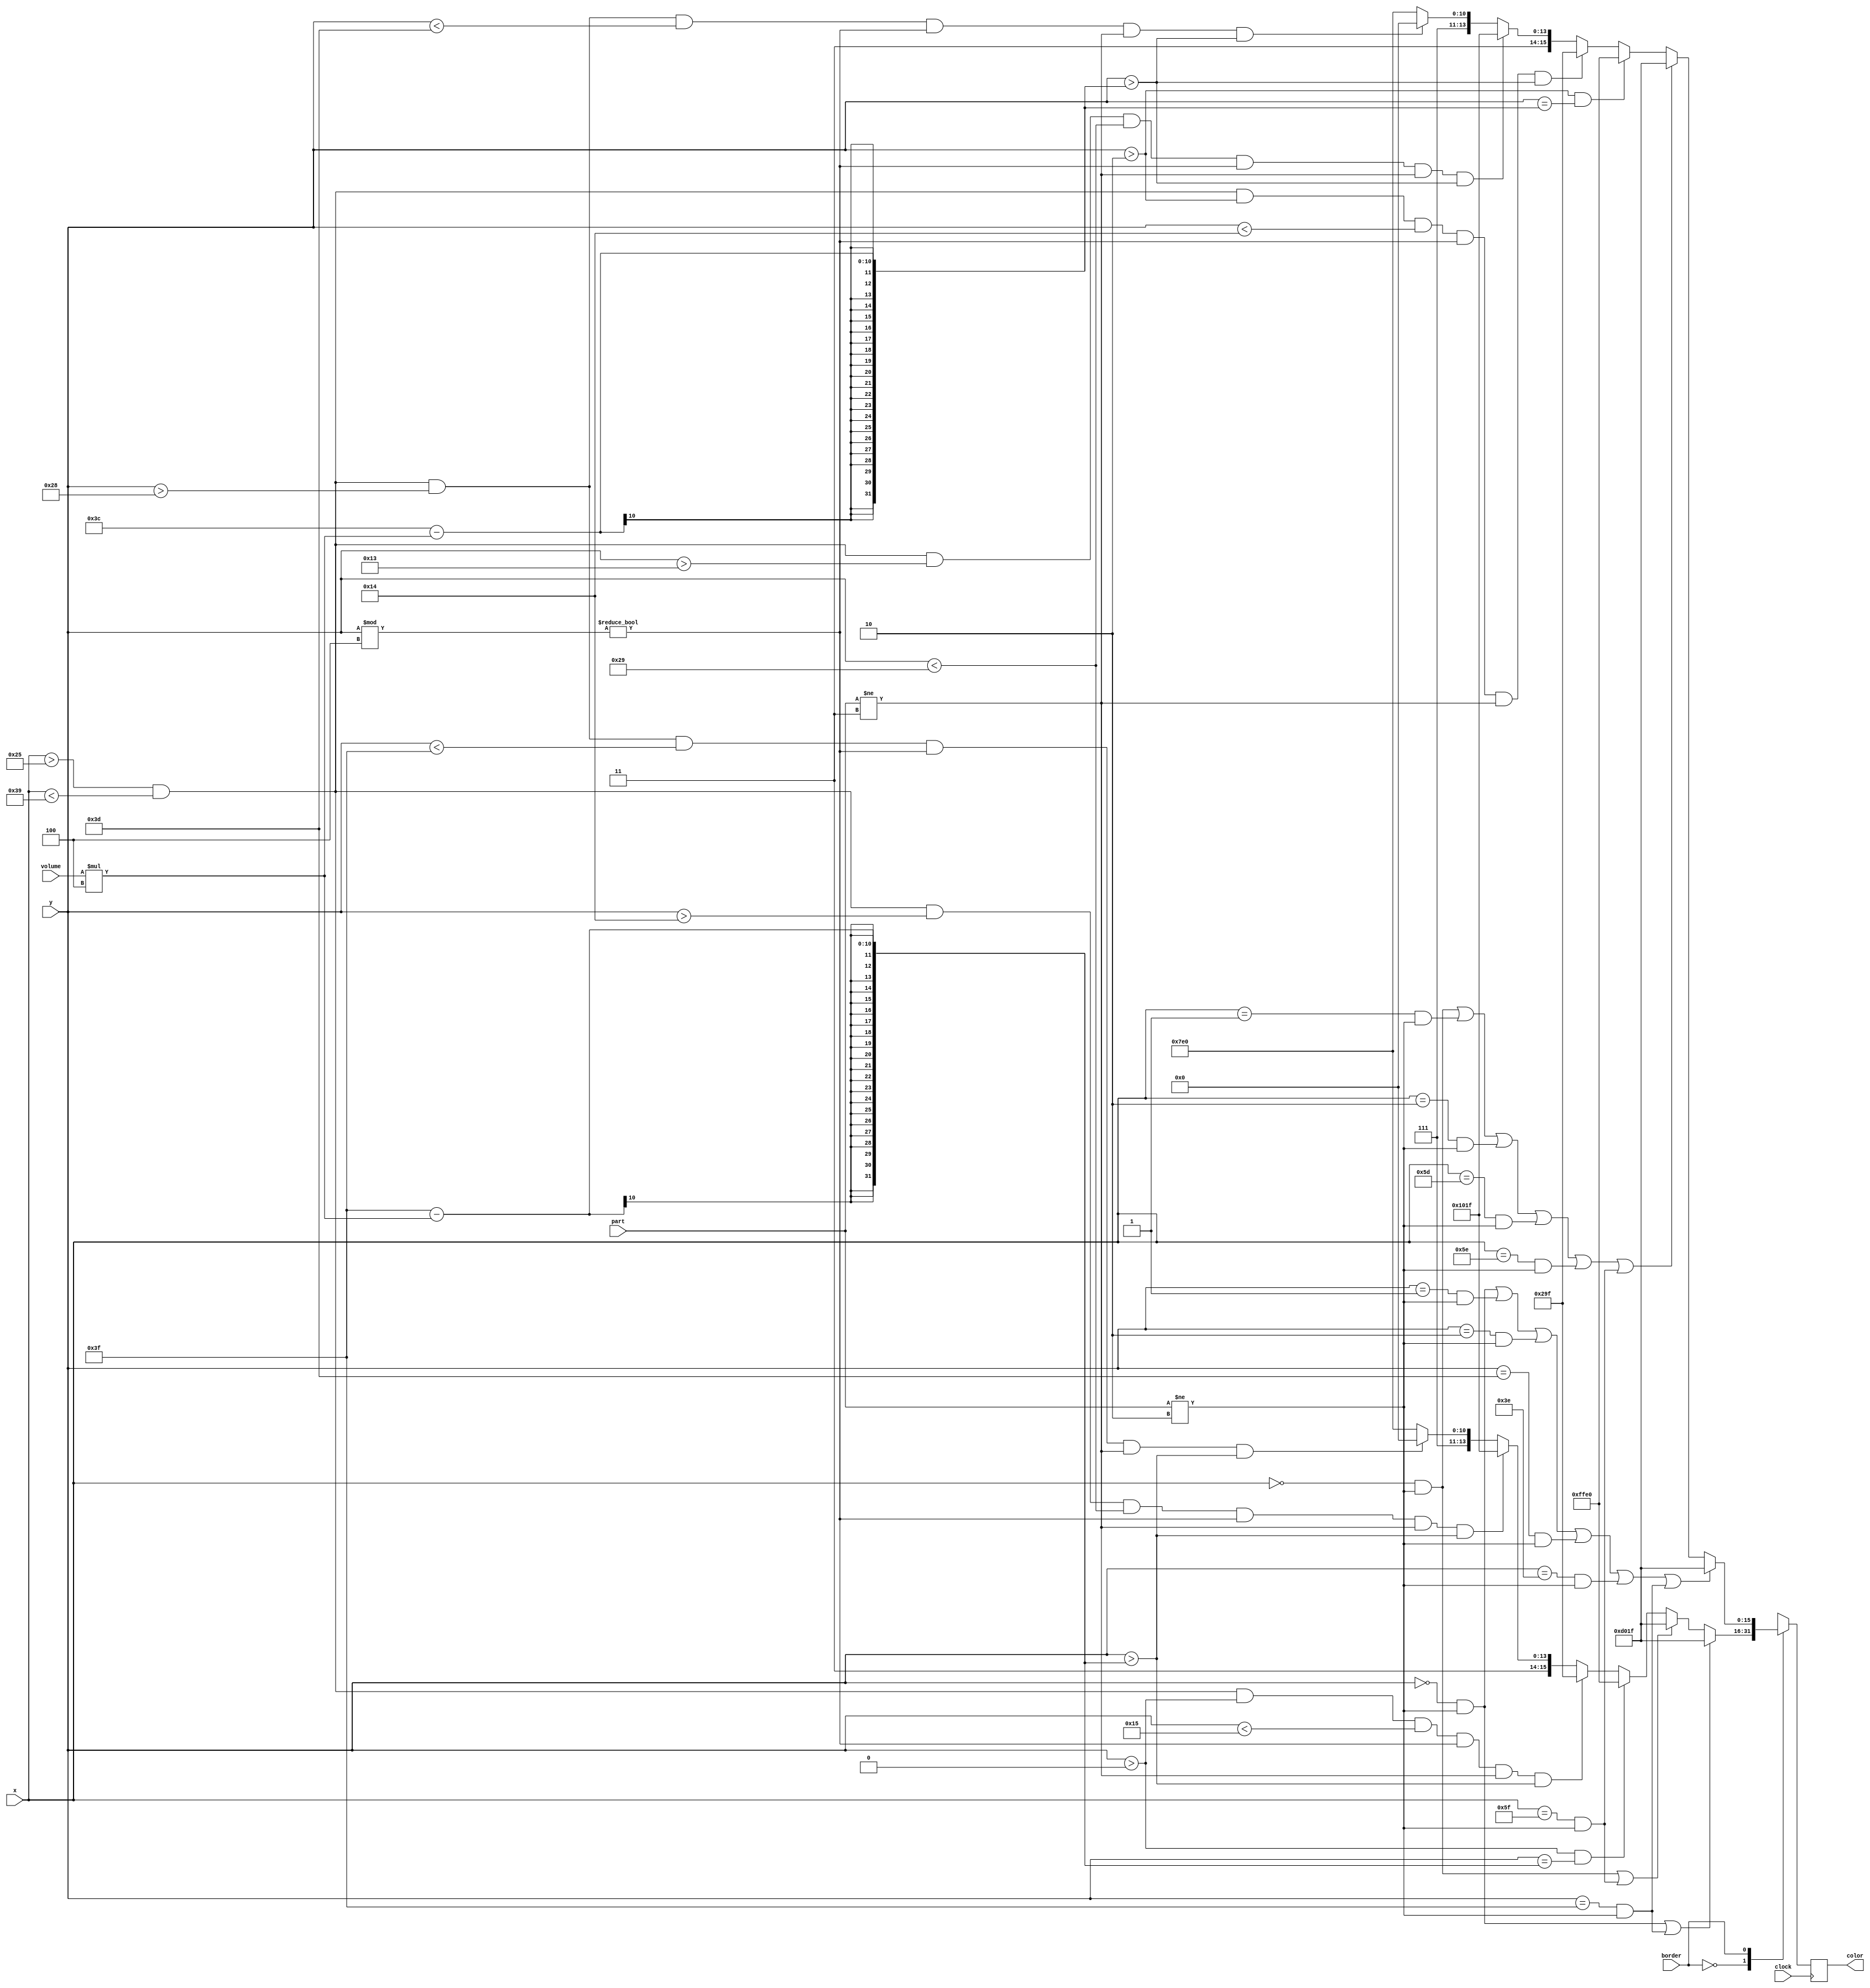
`timescale 1ns / 1ps
//////////////////////////////////////////////////////////////////////////////////
// Company: 
// Engineer: 
// 
// Design Name: 
// Module Name: PRINT_LED_ACID
// Project Name: 
// Target Devices: 
// Tool Versions: 
// Description: 
// 
// Dependencies: 
// 
// Revision:
// Revision 0.01 - File Created
// Additional Comments:
// 
//////////////////////////////////////////////////////////////////////////////////


module PRINT_LED_ACID(input clock,input [6:0]volume,
    input[6:0]x, input[6:0]y,input border , input [1:0]part , output reg [15:0] color
    
    );
    
    always@ (posedge clock) 
    begin
        case(border) // set border to 1 pixel
            1'b0:
                begin
                    if(y==0 && part!=2 || y==63 && part!=2)
                    begin
                        color = 16'hD01F; // set to BLACK
                    end
                    else if(x==0 && part!=2 || x==95 && part!=2)
                    begin
                        color = 16'hD01F; // set to white , all 1
                    end
                    else if(y>0 && y == (63-(volume*4)))
                    begin
                        color = 16'hFFE0;
                    end
                    else if(x > 37 && x < 57 && y > 0 && y < 21 && (y % 4)!=0 && part!=3 && y > (63-(volume*4))) // SET BLUE
                    begin
                        color = 16'h029F;
                    end
                    else if(x > 37 && x < 57 && y > 20 && y < 41 && (y % 4)!=0 && part!=3 && y > (63-(volume*4))) // SET PURPLE
                    begin
                        color = 16'hD01F;
                    end
                    else if(x > 37 && x < 57 && y > 40 && y < 63 && (y % 4)!=0 && part!=3 && y > (63-(volume*4))) // SET RED
                    begin
                        
                        color = 16'b1111100000000000;
                    end
                    else if((y % 4)==0) 
                    begin
                        color = 16'hFFE0; // set other pixels to BLACK
                    end        
                    else
                    begin
                        color = 16'hFFE0; // SET ALL OTHER COLORS TO BLACK
                    end              
                end    
                
            1'b1: // SET BORDER TO 3 PIXEL
                    begin
                        if(y==0 && part!=2 || y==1 && part!=2 || y==2&& part!=2 || y==61 && part!=2 || y==62 && part!=2 || y==63 && part!=2)
                        begin
                            color = 16'hD01F; // set to GREEN , all 1
                        end
                        else if(x==0 && part!=2 || x==1 && part!=2 || x==2 && part!=2 || x==93 && part!=2 || x==94 && part!=2 || x==95 && part!=2)
                        begin
                            color = 16'hD01F; // set to white , all 1
                        end
                        else if(y>2 && y == (60-(volume*4)))
                        begin
                            color = 16'hFFE0;
                        end
                        else if(x > 37 && x < 57 && y > 2 && y < 20 && (y % 4)!=0 && part!=3 && y > (60-(volume*4))) // SET BLUE
                        begin
 
                            color = 16'h029F;
                        end
                        else if(x > 37 && x < 57 && y > 19 && y < 41 && (y % 4)!=0 && part!=3 && y > (60-(volume*4))) // SET PURP
                        begin
                            color = 16'hD01F;
                        end
                        else if(x > 37 && x < 57 && y > 40 && y < 61 && (y % 4)!=0 && part!=3 && y > (60-(volume*4))) // SET RED
                        begin
                            color = 16'b1111100000000000;
                        end  
                        else if((y % 4)==0) 
                        begin
                            color = 16'hFFE0; // set other pixels to BLACK
                        end 
                        else
                        begin
                            color = 16'hFFE0; // set other pixels to BLACK                       
                        end                  
                    end               
            default: // we set default to be 1 pixel border
                        begin
                            if(y==0 && part!=2 || y==63 && part!=2)
                            begin
                                color = 16'hD01F; // set to GREEN , all 1
                            end
                            else if(x==0 && part!=2 || x==95 && part!=2)
                            begin
                                color = 16'hD01F; // set to white , all 1
                            end
                            else if(y>0 && y == (63-(volume*4)))
                            begin
                                color = 16'hFFE0;
                            end
                            else if(x > 37 && x < 57 && y > 0 && y < 21 && (y % 4)!=0 && part!=3 && y > (63-(volume*4))) // SET BLUE
                            begin                         
                                color = 16'h029F;
                            end
                            else if(x > 37 && x < 57 && y > 20 && y < 41 && (y % 4)!=0 && part!=3 && y > (63-(volume*4))) // SET PURP
                            begin
                                color = 16'hD01F;
                            end
                            else if(x > 37 && x < 57 && y > 40 && y < 63 && (y % 4)!=0 && part!=3 && y > (63-(volume*4))) // SET RED
                            begin                              
                                color = 16'b1111100000000000;
                            end 
                            else if((y % 4)==0) 
                            begin
                                color = 16'hFFE0; // set other pixels to BLACK
                            end       
                            else
                            begin
                                color = 16'hFFE0; // SET ALL OTHER COLORS TO BLACK
                            end              
                        end 
              endcase   
    end
    
    
    
endmodule